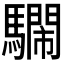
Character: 𩦴